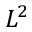
L ^ { 2 }